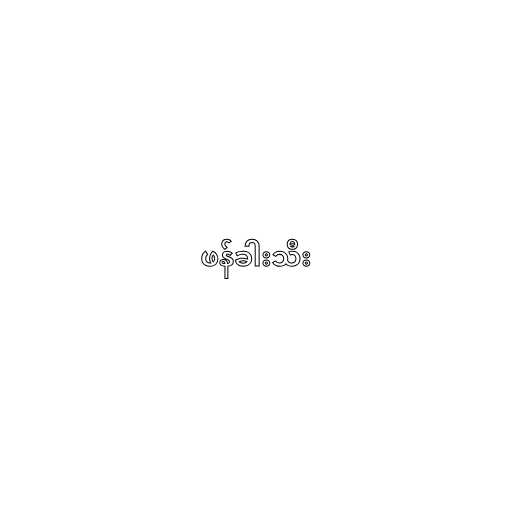
ဖန်ခါးသီး